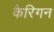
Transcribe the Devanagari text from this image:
कैरिगन